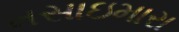
મસાઇમારા